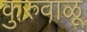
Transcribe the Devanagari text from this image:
कुरुवाळू